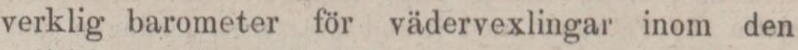
verklig barometer för vädervexlingar inom den